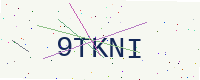
Text: 9TKNI